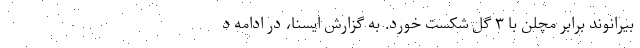
بیرانوند برابر مچلن با ۳ گل شکست خورد. به گزارش ایسنا، در ادامه د